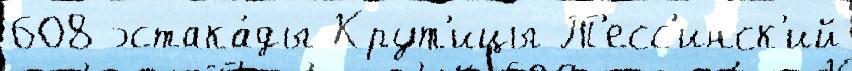
608 эстака́ды Крут'ицы Т'есс'инск'ий